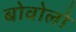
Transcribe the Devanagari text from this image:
बोवोलो